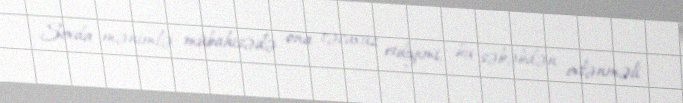
Sevda mənimlə mübahisədə ona təcavüz etdiyimi, bu səbəbdən evlənməli